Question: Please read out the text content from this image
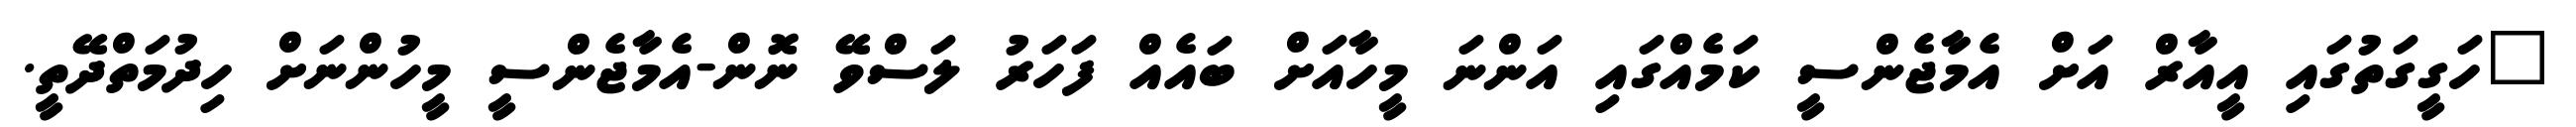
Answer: "ހަގީގަތުގައި އީއާރް އަށް އެމާޖެންސީ ކަމެއްގައި އަންނަ މީހާއަށް ބައެއް ފަހަރު ލަސްވޭ ނޮން-އެމާޖެންސީ މީހުންނަށް ހިދުމަތްދޭތީ.